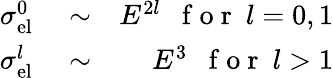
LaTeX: \begin{array}{rlr}{\sigma_{\mathrm{el}}^{0}}&{{}\sim}&{E^{2l}~~\mathrm{~f~o~r~}~l=0,1}\\ {\sigma_{\mathrm{el}}^{l}}&{{}\sim}&{E^{3}~~\mathrm{~f~o~r~}~l>1}\end{array}